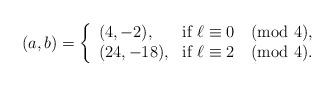
LaTeX: \begin{align*}(a,b) = \left\{\begin{array}{ll}(4,-2), & \mbox{if } \ell \equiv 0\pmod{4}, \\(24,-18), & \mbox{if } \ell \equiv 2\pmod{4}.\end{array}\right.\end{align*}